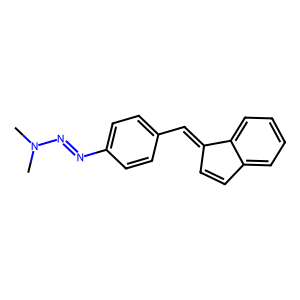
SMILES: CN(C)N=Nc1ccc(C=C2C=Cc3ccccc32)cc1
Inhibits HIV replication: No